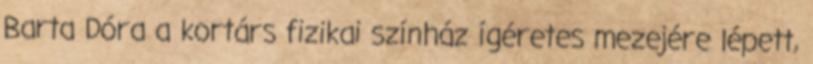
Barta Dóra a kortárs fizikai színház ígéretes mezejére lépett,